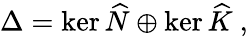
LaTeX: \Delta=\ker\widehat{N}\oplus\ker\widehat{K}~,